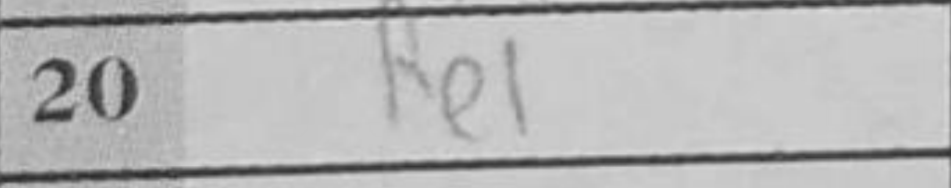
Transcription: Re1